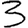
Digit: 3